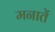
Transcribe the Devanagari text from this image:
मनातें